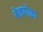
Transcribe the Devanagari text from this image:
बेळगोळा